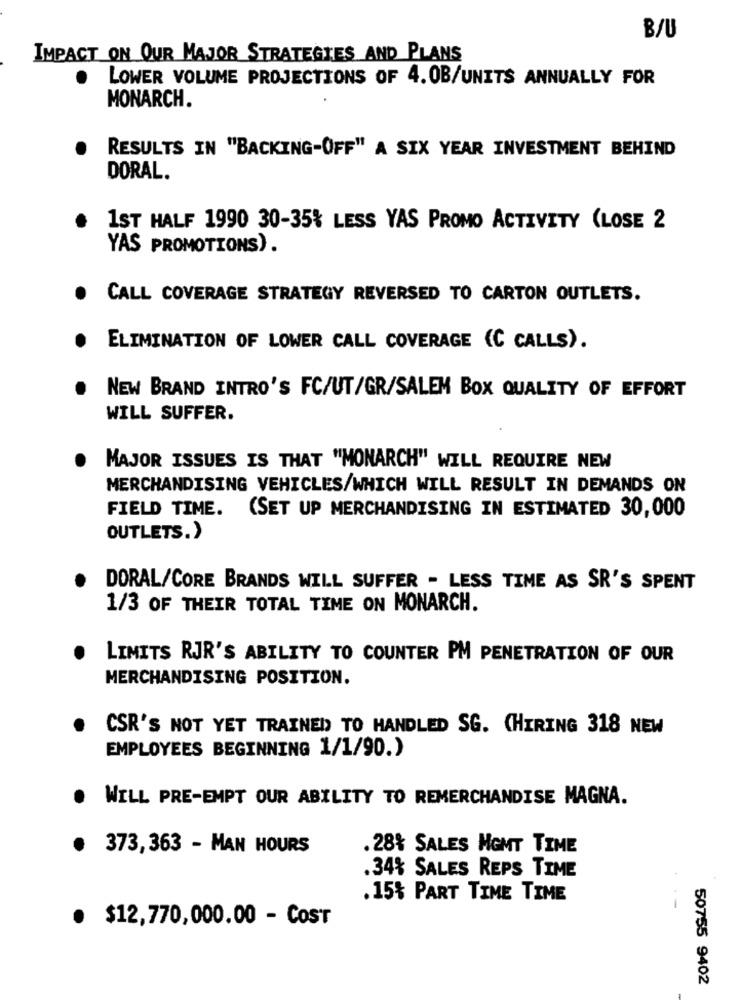
B/U
IMPACT ON OUR MAJOR STRATEGIES AND PLANS
LOWER VOLUME PROJECTIONS OF 4. OB/UNITS ANNUALLY FOR
MONARCH.
RESULTS IN "BACKING-OFF" A SIX YEAR INVESTMENT BEHIND
DORAL.
1ST HALF 1990 30-35% LESS YAS PROMO ACTIVITY (LOSE 2
YAS PROMOTIONS).
CALL COVERAGE STRATEGY REVERSED TO CARTON OUTLETS.
ELIMINATION OF LOWER CALL COVERAGE (C CALLS).
NEW BRAND INTRO'S FC/UT/GR/SALEM BOX QUALITY OF EFFORT
WILL SUFFER.
MAJOR ISSUES IS THAT "MONARCH" WILL REQUIRE NEW
MERCHANDISING VEHICLES/WHICH WILL RESULT IN DEMANDS ON
FIELD TIME.
(SET UP MERCHANDISING IN ESTIMATED 30,000
OUTLETS.)
DORAL/CORE BRANDS WILL SUFFER - LESS TIME AS SR'S SPENT
1/3 OF THEIR TOTAL TIME ON MONARCH.
LIMITS RJR'S ABILITY TO COUNTER PM PENETRATION OF OUR
MERCHANDISING POSITION.
CSR'S NOT YET TRAINED TO HANDLED SG. (HIRING 318 NEW
EMPLOYEES BEGINNING 1/1/90.)
WILL PRE-EMPT OUR ABILITY TO REMERCHANDISE MAGNA.
373, 363 - MAN HOURS
.28% SALES MGMT TIME
.34% SALES REPS TIME
.15% PART TIME TIME
· $12,770,000.00 - COST
50755 9402